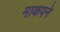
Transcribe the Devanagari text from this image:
माकपने